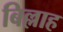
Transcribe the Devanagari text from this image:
बिल्लाह